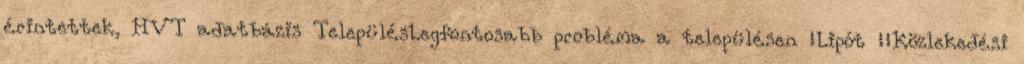
érintettek, HVT adatbázis TelepülésLegfontosabb probléma a településen ▪Lipót ▪„Közlekedési